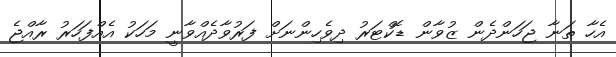
އެހާ ތަނާ ޖަހަންދެން ޒުވާން ޑޮކްޓަރު ދިވެހިންނަށް ފަރުވާދެއްވާނީ މަހަކު އެއްފަހަރު ރާއްޖެ